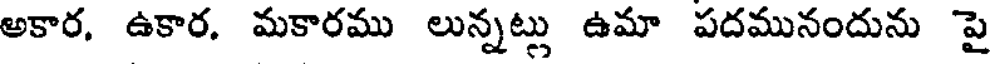
అకార. ఉకార. మకారము లున్నట్లు ఉమా పదమునందును పై